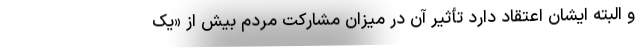
و البته ایشان اعتقاد دارد تأثیر آن در میزان مشارکت مردم بیش از «یک